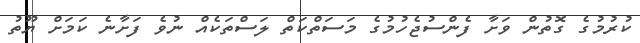
ކުރުމުގެ ގޮތުން ވަށާ ފެންސުޖެހުމުގެ މަސަތްކަތް ލަަސްތަކެއް ނުވެ ފަށާނެ ކަމަށް ޔޫތު